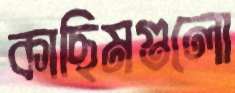
কাছিমগুলো